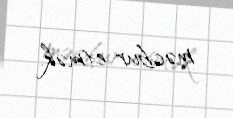
məcbur etmək.